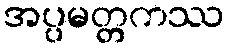
အပ္ပမတ္တကဿ